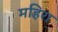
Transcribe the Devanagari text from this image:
महिरा